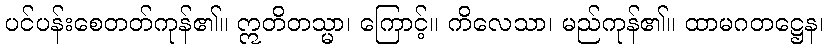
ပင်ပန်းစေတတ်ကုန်၏။ ဣတိတသ္မာ၊ ကြောင့်။ ကိလေသာ၊ မည်ကုန်၏။ ထာမဂတဋ္ဌေန၊